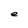
Character: e